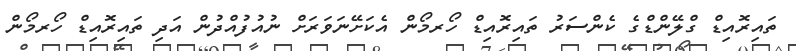
ތައިރޮއިޑް ގްލޭންޑްގެ ކެންސަރު ތައިރޮއިޑް ހޯރމޯން އެކަށޭނަވަރަށް ނުއުފުއްދުން އަދި ތައިރޮއިޑް ހޯރމޯން